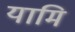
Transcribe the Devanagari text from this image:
यामि